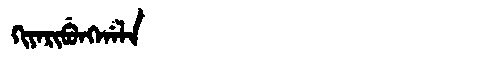
Manchu: ᡴᡳᠶᠠᡵᡳᠪᡠᠩᡤᠠᠯᠠ
Romanization: KIYARIBUNGGALA